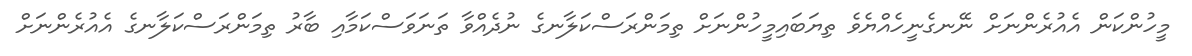
މީހުންކަން އެއުރެންނަށް ނޭނގެނީހެއްޔެވެ ތިޔަބައިމީހުންނަށް ތިމަންރަސްކަލާނގެ ނުދެއްވާ ތަނަވަސްކަމާއި ބާރު ތިމަންރަސްކަލާނގެ އެއުރެންނަށް